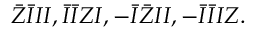
\bar { Z } \bar { I } I I , \bar { I } \bar { I } Z I , - \bar { I } \bar { Z } I I , - \bar { I } \bar { I } I Z .